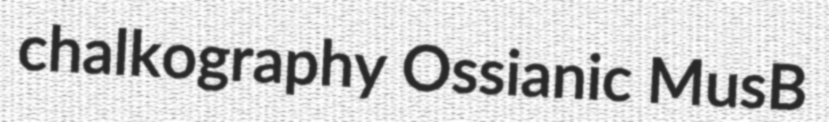
chalkography Ossianic MusB